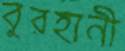
বুরহানী